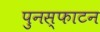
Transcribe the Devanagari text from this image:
पुनस्फाटन